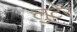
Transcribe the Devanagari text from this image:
लुटेर